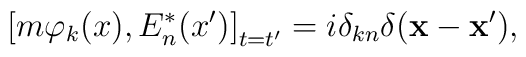
\left[ m\varphi _k(x),E_{n}^{*}(x^{\prime })\right] _{t=t^{\prime}}=i\delta _{kn}\delta (\mathbf{x}-\mathbf{x}^{\prime }) ,